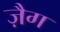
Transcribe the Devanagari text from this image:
ज़ैग